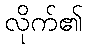
လိုက်၏